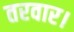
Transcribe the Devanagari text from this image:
तरवार।